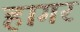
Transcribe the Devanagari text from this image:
हागर